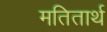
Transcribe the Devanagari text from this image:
मतितार्थ